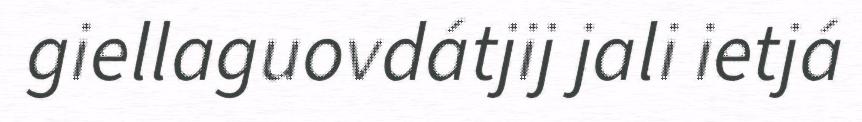
giellaguovdátjij jali ietjá